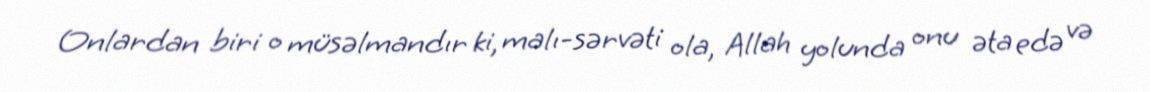
Onlardan biri o müsəlmandır ki, malı-sərvəti ola, Allah yolunda onu əta edə və